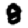
Digit: 8